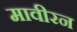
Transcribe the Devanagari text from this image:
मावीरन